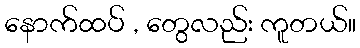
နောက်ထပ် , တွေလည်း ကူတယ်။